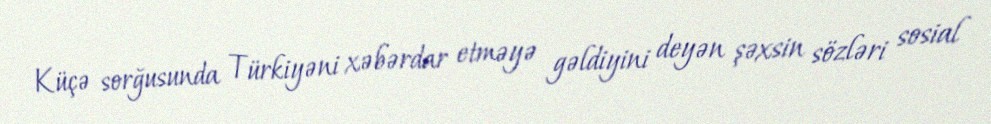
Küçə sorğusunda Türkiyəni xəbərdar etməyə gəldiyini deyən şəxsin sözləri sosial